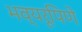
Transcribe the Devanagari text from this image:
भव्यरूपिणे